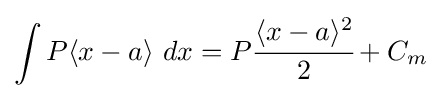
\int P\langle x-a\rangle ~dx=P{\cfrac {\langle x-a\rangle ^{2}}{2}}+C_{m}